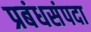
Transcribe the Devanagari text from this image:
प्रबंधसंपदा